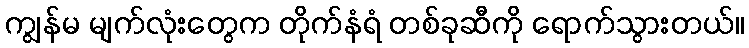
ကျွန်မ မျက်လုံးတွေက တိုက်နံရံ တစ်ခုဆီကို ရောက်သွားတယ်။